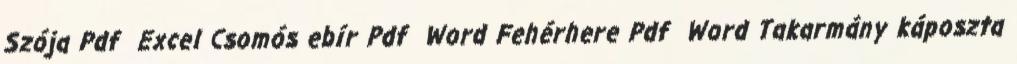
Szója Pdf Excel Csomós ebír Pdf Word Fehérhere Pdf Word Takarmány káposzta